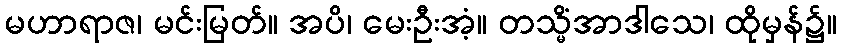
မဟာရာဇ၊ မင်းမြတ်။ အပိ၊ မေးဦးအံ့။ တသ္မိံအာဒါသေ၊ ထိုမှန်၌။